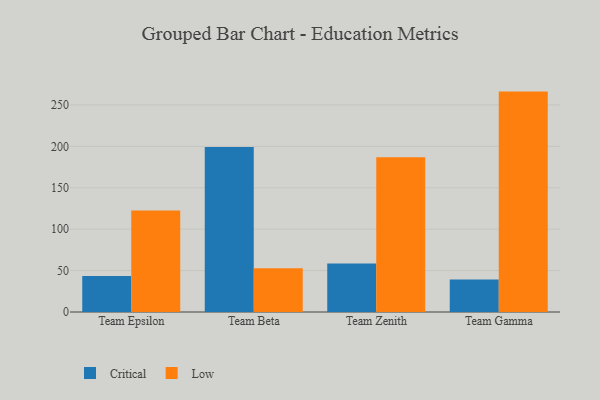
{"axis": {"x": "Team", "y": "Operating Costs (USD K)"}, "legend": ["Critical", "Low"], "data": [{"x": "Team Epsilon", "y": 43.6, "type": "Critical"}, {"x": "Team Epsilon", "y": 122.5, "type": "Low"}, {"x": "Team Beta", "y": 199.2, "type": "Critical"}, {"x": "Team Beta", "y": 52.7, "type": "Low"}, {"x": "Team Zenith", "y": 58.6, "type": "Critical"}, {"x": "Team Zenith", "y": 186.9, "type": "Low"}, {"x": "Team Gamma", "y": 39.2, "type": "Critical"}, {"x": "Team Gamma", "y": 266.1, "type": "Low"}]}